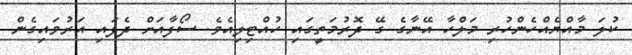
ކުލަ މާއްޔެއްހެންހުރި މަލްހާ އޭނާގެ ގޭ ދޮރުމަތީގައި ހުއްޓިލިއެވެ. ސޯފާއަށް ދެފައި އަރުވައިގެން